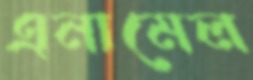
এনামেল